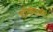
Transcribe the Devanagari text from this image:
डॉरमेटरी